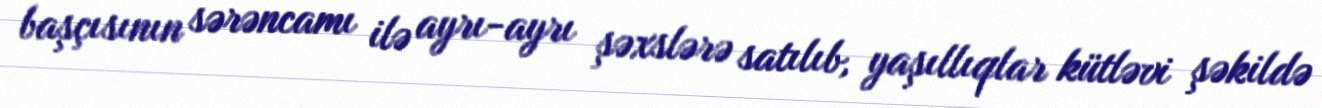
başçısının sərəncamı ilə ayrı-ayrı şəxslərə satılıb, yaşıllıqlar kütləvi şəkildə